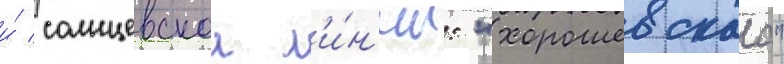
и́ солнцевскои л'и́н'ии: "хорошевскаа"